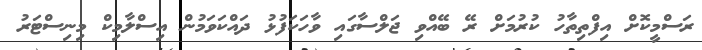
ރަސްމީކޮށް އިފްތިތާހު ކުރުމަށް ރޭ ބޭއްވި ޖަލްސާގައި ވާހަަކަފުޅު ދައްކަވަމުން އިސްލާމިކް މިނިސްޓަރު